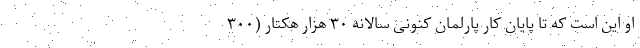
او این است که تا پایان کار پارلمان کنونی سالانه ۳۰ هزار هکتار (۳۰۰